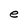
Character: e